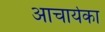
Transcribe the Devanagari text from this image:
आचार्यका